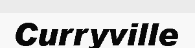
Curryville